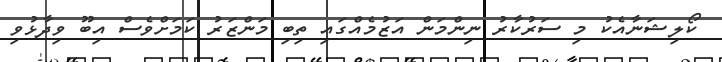
ކޯލިޝަނާއެކު މި ސަރުކާރު ނިންމަން އަޒުމެއްގައި ތިބި މަންޒަރު ކަމަށްވެސް އިބޫ ވިދާޅުވި